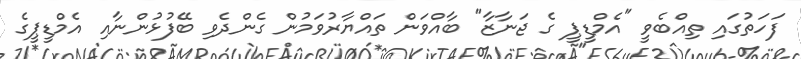
ފަހަތުގައި ތިއްބެވީ "އެމްޑީޕީ ގެ ޖަނާޒާ" ބާއްވަން ތައްޔާރުވަމުން ގެންދެވި ބޭފުޅުންނާއި އެމްޑީޕީގެ